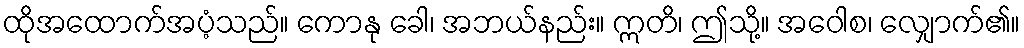
ထိုအထောက်အပံ့သည်။ ကောနု ခေါ၊ အဘယ်နည်း။ ဣတိ၊ ဤသို့။ အဝေါစ၊ လျှောက်၏။